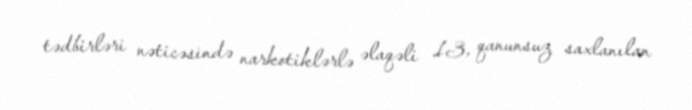
tədbirləri nəticəsində narkotiklərlə əlaqəli 13, qanunsuz saxlanılan